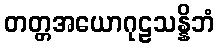
တတ္တအယောဂုဠသန္နိဘံ